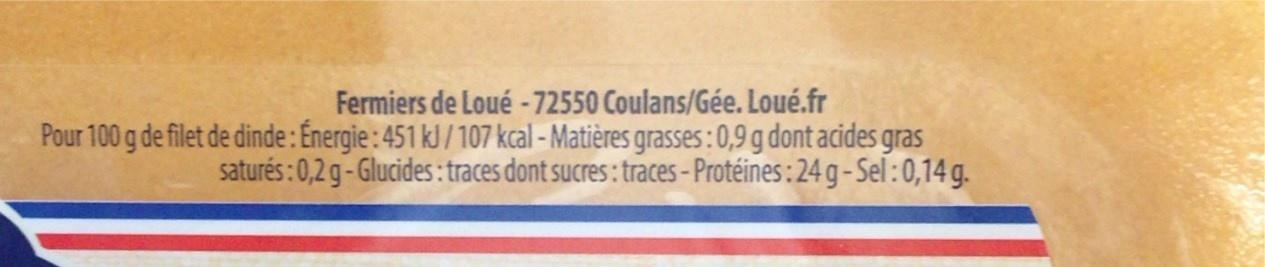
Fermiers de Loué -72550 Coulans/Gée. Loué.fr Pour 100 g de filet de dinde: Énergie : 451 kJ /107 kcal - Matières grasses : 0,9 g dont acides gras saturés:0,2 g-Glucides : traces dont sucres : traces - Protéines: 24 g -Sel :0,14 g.